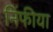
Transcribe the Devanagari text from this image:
निंफीया